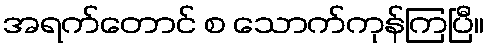
အရက်တောင် စ သောက်ကုန်ကြပြီ။